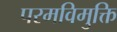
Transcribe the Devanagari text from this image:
परमविमुक्ति